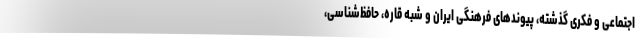
اجتماعی و فکری گذشته، پیوندهای فرهنگی ایران و شبه قاره، حافظ‌شناسی،